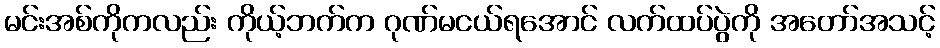
မင်းအစ်ကိုကလည်း ကိုယ့်ဘက်က ဂုဏ်မငယ်ရအောင် လက်ထပ်ပွဲကို အတော်အသင့်